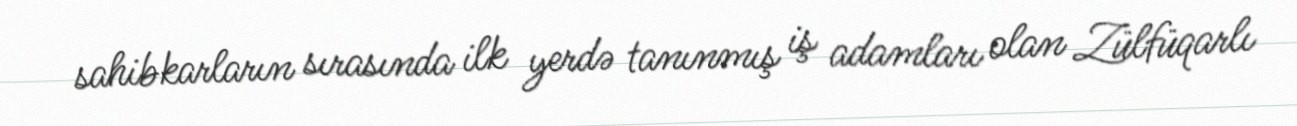
sahibkarların sırasında ilk yerdə tanınmış iş adamları olan Zülfüqarlı